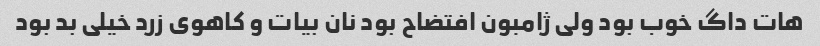
هات داگ خوب بود ولی ژامبون افتضاح بود نان بیات و کاهوی زرد خیلی بد بود